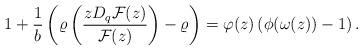
LaTeX: \begin{align*}1+\frac{1}{b}\left(\varrho\left(\frac{zD_{q}\mathcal{F}(z)}{\mathcal{F}(z)}\right)-\varrho\right)= \varphi(z)\left(\phi(\omega(z))-1\right).\end{align*}